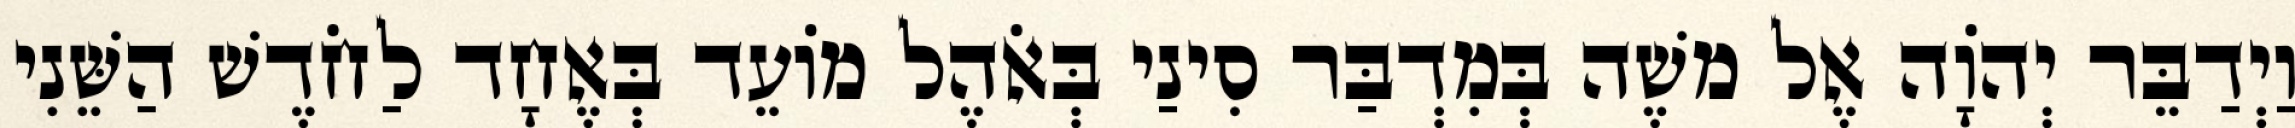
וַיְדַבֵּר יְהוָֹה אֶל משֶׁה בְּמִדְבַּר סִינַי בְּאֹהֶל מוֹעֵד בְּאֶחָד לַחֹדֶשׁ הַשֵּׁנִי